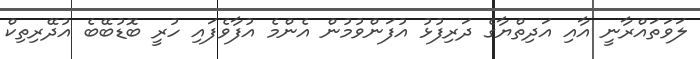
ލަވަތައްރާނީ އާއި އަދިތްޔާގެ ދަރިފުޅު އުފަންވުމުން އެންމެ އުފާވެފައި ހުރީ ބޮޑުބޭބެ އުދޭރިތިކް